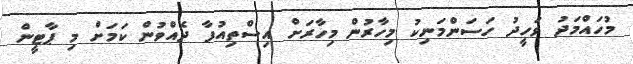
މުހައްމަދު ވަހީދު ހަސަންމަނިކު މިހާރުން މިހާރަށް އިސްތިއުފާ ދެއްވުން ކަމަށް މި ޕާޓީން